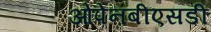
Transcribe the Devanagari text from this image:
ओपेनबीएसडी